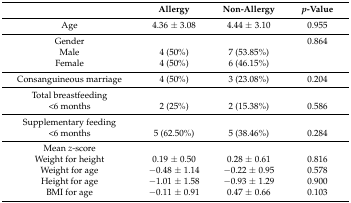
<table><thead><tr><td></td><td><b>Allergy</b></td><td><b>Non-Allergy</b></td><td><b><i>p</i>-Value</b></td></tr></thead><tbody><tr><td>Age</td><td>4.36 ± 3.08</td><td>4.44 ± 3.10</td><td>0.955</td></tr><tr><td>Gender</td><td></td><td></td><td>0.864</td></tr><tr><td>Male</td><td>4 (50%)</td><td>7 (53.85%)</td><td></td></tr><tr><td>Female</td><td>4 (50%)</td><td>6 (46.15%)</td><td></td></tr><tr><td>Consanguineous marriage</td><td>4 (50%)</td><td>3 (23.08%)</td><td>0.204</td></tr><tr><td>Total breastfeeding</td><td></td><td></td><td></td></tr><tr><td>&lt;6 months</td><td>2 (25%)</td><td>2 (15.38%)</td><td>0.586</td></tr><tr><td>Supplementary feeding</td><td></td><td></td><td></td></tr><tr><td>&lt;6 months</td><td>5 (62.50%)</td><td>5 (38.46%)</td><td>0.284</td></tr><tr><td>Mean <i>z</i>-score</td><td></td><td></td><td></td></tr><tr><td>Weight for height</td><td>0.19 ± 0.50</td><td>0.28 ± 0.61</td><td>0.816</td></tr><tr><td>Weight for age</td><td>−0.48 ± 1.14</td><td>−0.22 ± 0.95</td><td>0.578</td></tr><tr><td>Height for age</td><td>−1.01 ± 1.58</td><td>−0.93 ± 1.29</td><td>0.900</td></tr><tr><td>BMI for age</td><td>−0.11 ± 0.91</td><td>0.47 ± 0.66</td><td>0.103</td></tr></tbody></table>